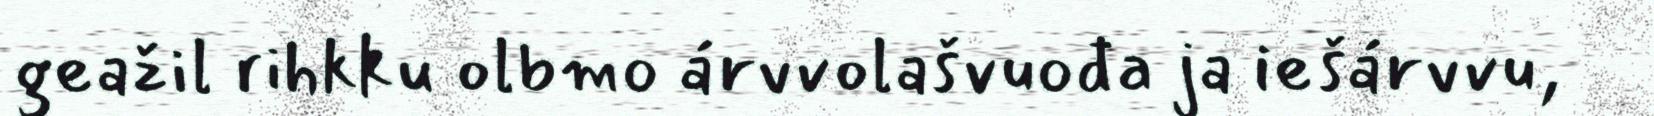
geažil rihkku olbmo árvvolašvuođa ja iešárvvu,